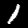
Label: 1